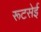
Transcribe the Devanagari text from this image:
रूटसेई